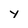
Character: y